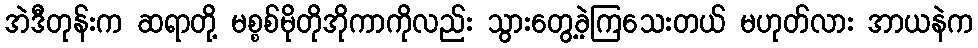
အဲဒီတုန်းက ဆရာတို့ မစ္စစ်မိုတိုအိုကာကိုလည်း သွားတွေ့ခဲ့ကြသေးတယ် မဟုတ်လား အာယနဲက